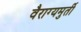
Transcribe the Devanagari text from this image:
वैराग्यमुर्ती